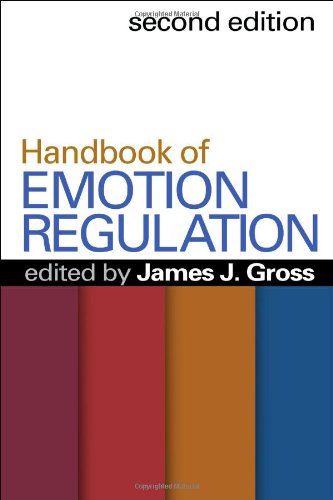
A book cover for Handbook of Emotion Regulation, Second Edition; Medical Books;